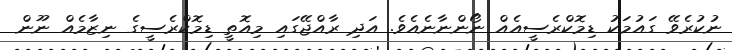
ނުކުރެވޭ ގައުމަކު ޑިމޮކްރެސީއެއް ނޯންނާނެއެވެ. އަދި ރާއްޖޭގައި މިއޮތީ ޑިމޮކްރެސީގެ ނިޒާމެއް ނޫން